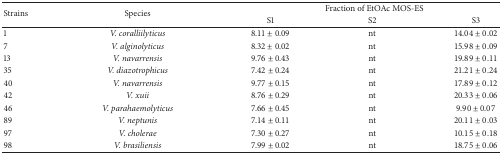
| <ROWSPAN=2> Strains | <ROWSPAN=2> Species | <COLSPAN=3> Fraction of EtOAc MOS-ES |
 | S1 | S2 | S3 |
 | --- | --- | --- | --- | --- |
 | 1 | V. coralliilyticus | 8.11 ± 0.09 | nt | 14.04 ± 0.02 |
 | 7 | V. alginolyticus | 8.32 ± 0.02 | nt | 15.98 ± 0.09 |
 | 13 | V. navarrensis | 9.76 ± 0.43 | nt | 19.89 ± 0.11 |
 | 35 | V. diazotrophicus | 7.42 ± 0.24 | nt | 21.21 ± 0.24 |
 | 40 | V. navarrensis | 9.77 ± 0.15 | nt | 17.89 ± 0.12 |
 | 42 | V. xuii | 8.76 ± 0.29 | nt | 20.33 ± 0.06 |
 | 46 | V. parahaemolyticus | 7.66 ± 0.45 | nt | 9.90 ± 0.07 |
 | 89 | V. neptunis | 7.14 ± 0.11 | nt | 20.11 ± 0.03 |
 | 97 | V. cholerae | 7.30 ± 0.27 | nt | 10.15 ± 0.18 |
 | 98 | V. brasiliensis | 7.99 ± 0.02 | nt | 18.75 ± 0.06 |